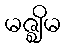
မဇ္ဈိမ